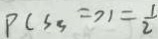
P c S _ { 3 } = > 1 = \frac { 1 } { 2 }